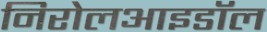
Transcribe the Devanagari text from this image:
निरोलआइडॉल